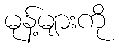
မုန့်များကို